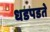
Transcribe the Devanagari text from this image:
धडपडते